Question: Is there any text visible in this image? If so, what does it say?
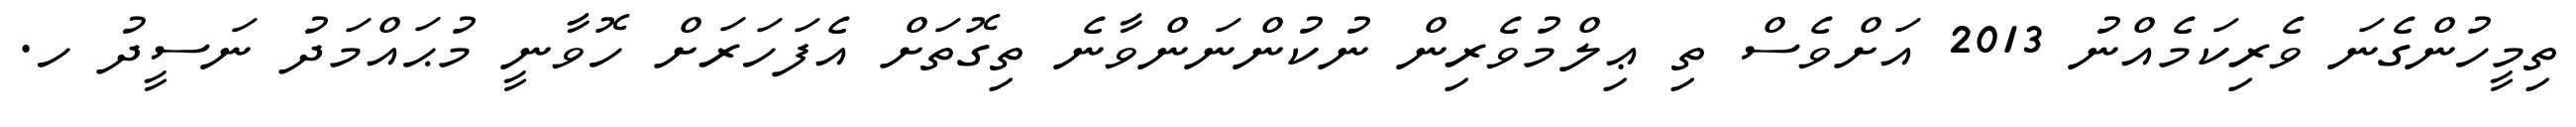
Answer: ތިމީހުންގެނަ ވެރިކަމެއްނު 2013 އަށްވެސް ތި ޢިލްމުވެރިން ނުކުންނަންވާނެ ތިގޮތަށް އެފަހަރަށް ހޮވާނީ މުޙައްމަދު ނަސީދު ހ.